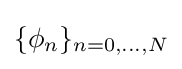
\{\phi _{n}\}_{n=0,\ldots ,N}